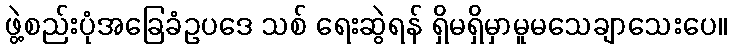
ဖွဲ့စည်းပုံအခြေခံဥပဒေ သစ် ရေးဆွဲရန် ရှိမရှိမှာမူမသေချာသေးပေ။